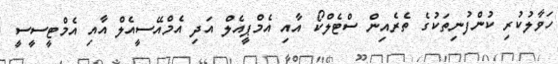
ހަވާލުކުރި ކުންފުނިތަކުގެ ތެރެއިން ސްޓެލްކޯ އާއި އެމްޕީއެލް އަދި އެމްއޭސީއެލް އާއި އެމްޓީސީސީ